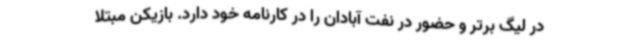
در لیگ برتر و حضور در نفت آبادان را در کارنامه خود دارد. بازیکن مبتلا